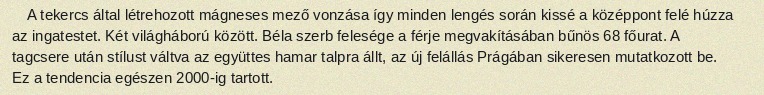
A tekercs által létrehozott mágneses mező vonzása így minden lengés során kissé a középpont felé húzza az ingatestet. Két világháború között. Béla szerb felesége a férje megvakításában bűnös 68 főurat. A tagcsere után stílust váltva az együttes hamar talpra állt, az új felállás Prágában sikeresen mutatkozott be. Ez a tendencia egészen 2000-ig tartott.